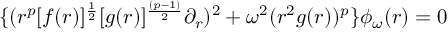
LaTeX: \{ ( r ^ { p } [ f ( r ) ] ^ { { \frac { 1 } { 2 } } } [ g ( r ) ] ^ { \frac { ( p - 1 ) } { 2 } } \partial _ { r } ) ^ { 2 } + \omega ^ { 2 } ( r ^ { 2 } g ( r ) ) ^ { p } \} \phi _ { \omega } ( r ) = 0